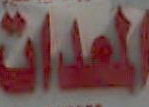
المعدات